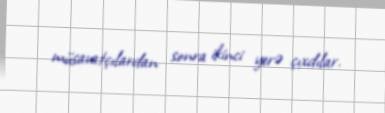
müsavatçılardan sonra ikinci yerə çıxdılar.